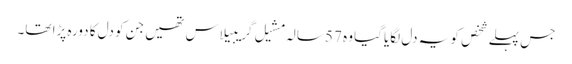
جس پہلے شخص کو یہ دل لگایا گیا وہ 57 سالہ مشیل گریبیلاس تھیں جن کو دل کا دورہ پڑا تھا۔